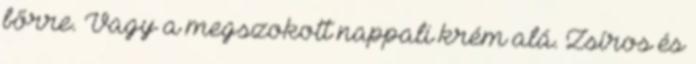
bőrre. Vagy a megszokott nappali krém alá. Zsíros és